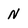
Character: N